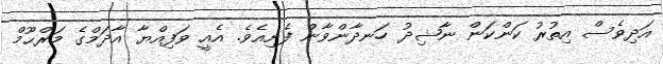
އަދިވެސް އިތުރު ކަންކަން ނާޝިދު ހަނދާންވާން ފެށިއެވެ. އެއީ ވަފިއްޔާ އާދަމްގެ މަރްޙޫމް